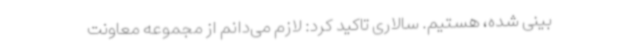
بینی شده، هستیم. سالاری تاکید کرد: لازم می‌دانم از مجموعه معاونت